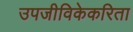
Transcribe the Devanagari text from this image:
उपजीविकेकरिता